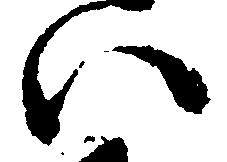
い